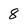
Character: 8